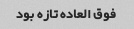
فوق العاده تازه بود